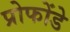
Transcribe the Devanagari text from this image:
प्रोफोंडे